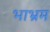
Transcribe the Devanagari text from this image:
भाभ्रम